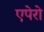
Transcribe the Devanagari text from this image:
एपेरो